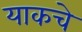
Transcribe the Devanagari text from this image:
याकचे